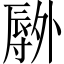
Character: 𫯕